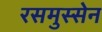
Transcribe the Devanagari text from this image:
रसमुस्सेन